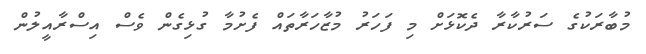
މުބާރަކުގެ ސަރުކާރާ ދެކޮޅަށް މި ފަހަރު މުޒާހަރާތައް ފެށުމާ ގުޅިގެން ވެސް އިސްރާއީލުން